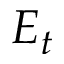
E _ { t }